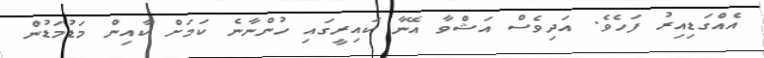
އެއްގަޑިއިރު ފަހެވެ. އަދިވެސް އަޝްވާ އޭނާ ކައިރީގައި ހުންނާނެ ކަމަށް ކާއިން މަޑުމަޑުން